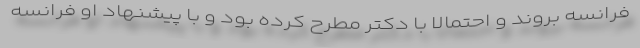
فرانسه بروند و احتمالا با دکتر مطرح کرده بود و با پیشنهاد او فرانسه